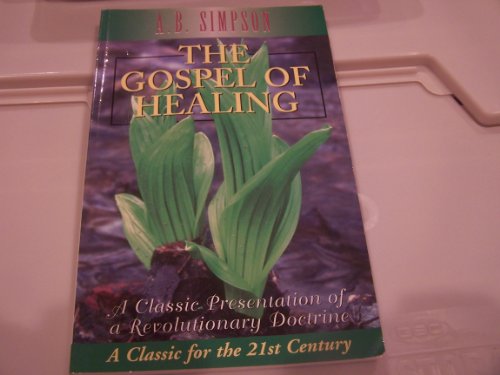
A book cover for The Gospel of Healing; A. B. Simpson; Christian Books & Bibles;